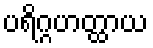
ပရိဂ္ဂဟတ္ထာယ